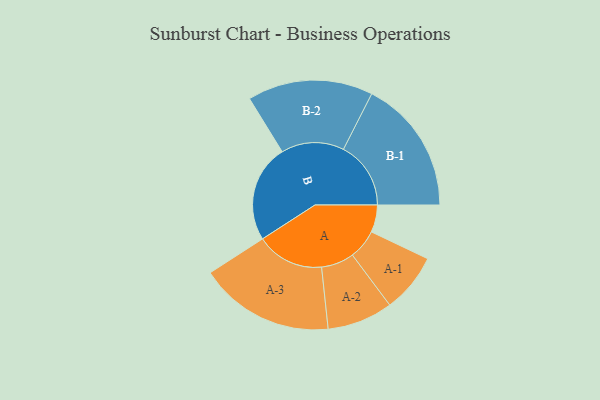
{"axis": {"x": "Segment", "y": "Value"}, "legend": ["", "A", "B"], "data": [{"x": "A", "y": 112, "type": ""}, {"x": "B", "y": 401, "type": ""}, {"x": "A-1", "y": 122, "type": "A"}, {"x": "A-2", "y": 135, "type": "A"}, {"x": "A-3", "y": 278, "type": "A"}, {"x": "B-1", "y": 277, "type": "B"}, {"x": "B-2", "y": 258, "type": "B"}]}